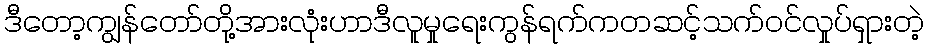
ဒီတော့ကျွန်တော်တို့အားလုံးဟာဒီလူမှုရေးကွန်ရက်ကတဆင့်သက်ဝင်လှုပ်ရှားတဲ့